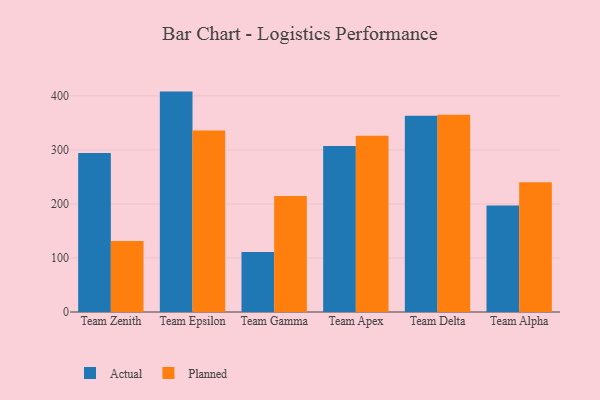
{"axis": {"x": "Team", "y": "Waste Production (Tons)"}, "legend": ["Actual", "Planned"], "data": [{"x": "Team Zenith", "y": 294.3, "type": "Actual"}, {"x": "Team Zenith", "y": 131.4, "type": "Planned"}, {"x": "Team Epsilon", "y": 407.9, "type": "Actual"}, {"x": "Team Epsilon", "y": 336.1, "type": "Planned"}, {"x": "Team Gamma", "y": 110.9, "type": "Actual"}, {"x": "Team Gamma", "y": 214.6, "type": "Planned"}, {"x": "Team Apex", "y": 307.4, "type": "Actual"}, {"x": "Team Apex", "y": 326.2, "type": "Planned"}, {"x": "Team Delta", "y": 363.4, "type": "Actual"}, {"x": "Team Delta", "y": 365.1, "type": "Planned"}, {"x": "Team Alpha", "y": 197.0, "type": "Actual"}, {"x": "Team Alpha", "y": 240.3, "type": "Planned"}]}